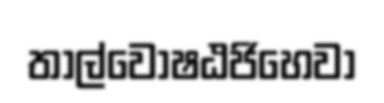
තාල්වොෂඨජිහෙවා